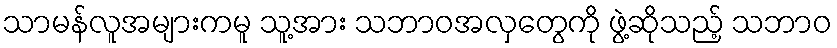
သာမန်လူအများကမူ သူ့အား သဘာဝအလှတွေကို ဖွဲ့ဆိုသည့် သဘာဝ